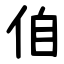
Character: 㑑